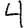
Digit: 4